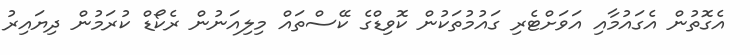
އެގޮތުން އެގައުމާއި އަވަށްޓެރި ގައުމުތަކުން ކޮވިޑްގެ ކޭސްތައް މިލިއަނުން ރެކޯޑް ކުރަމުން ދިޔައިރު